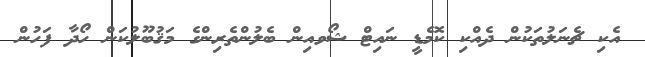
އެކި ޗެނަލުތަކުން ދެއްކި ކޮމެޑީ ނައިޓް ޝޯވއިން ބެލުންތެރިންގެ މަޤުބޫލުކަން ހޯދާ ފަހުން